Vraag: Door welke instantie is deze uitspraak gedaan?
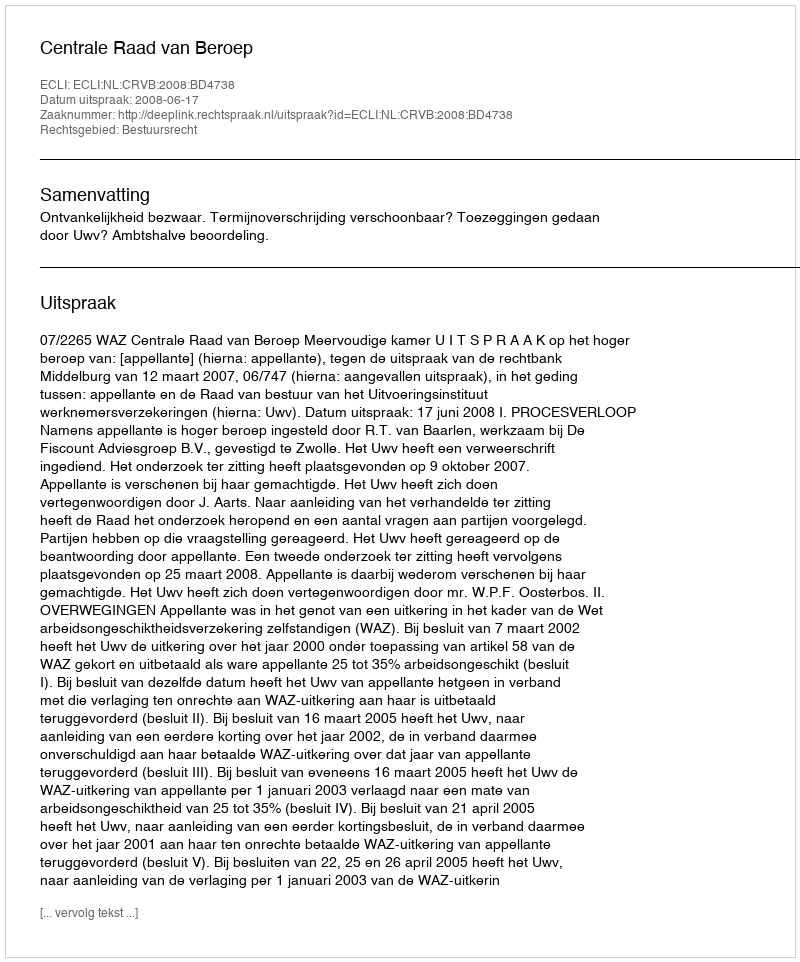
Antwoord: Centrale Raad van Beroep